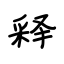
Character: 释